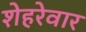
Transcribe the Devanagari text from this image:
शेहरेवार